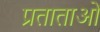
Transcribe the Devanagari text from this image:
प्रताताओं